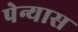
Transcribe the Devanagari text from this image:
पेन्यास